Leaving Certificate Examination, 1925
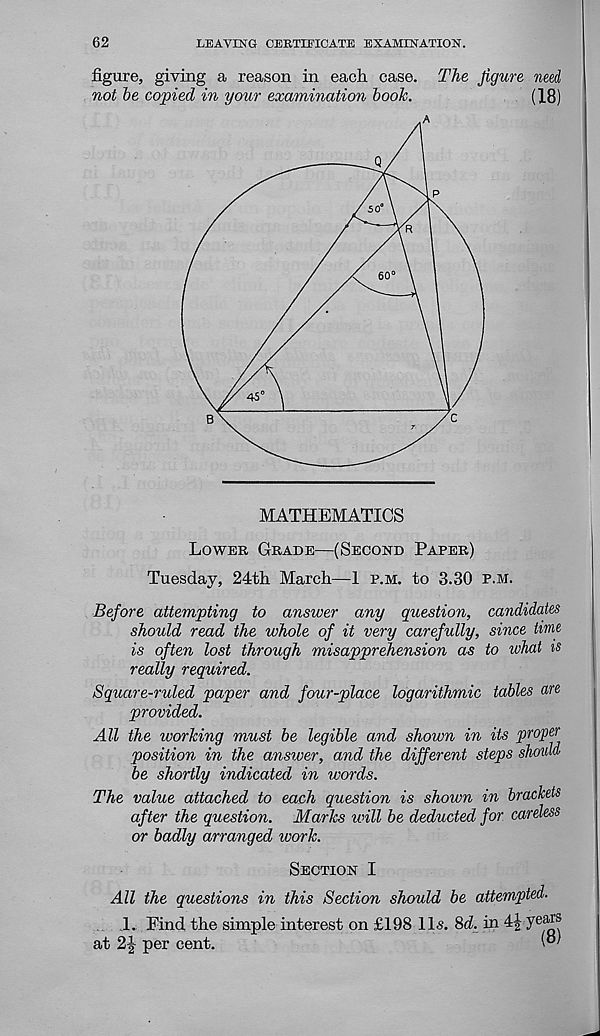
62
LEAVING CEBTIEICATE EXAMINATION.
figure, giving a reason in each case. The figure need
not be copied in your examination book.
(18)
MATHEMATICS
Lower Grade—(Second Paper)
Tuesday, 24th March—1 p.m. to 3.30 p.m.
Before attempting to answer any question, candidates
should read the whole of it very carefully, since time
is often lost through misapprehension as to what is
really required.
Square-ruled paper and four-place logarithmic tables are
provided.
All the ivorking must be legible and shown in its proper
position in the ansiver, and the different steps should
be shortly indicated in words.
The value attached to each question is shown in brackets
after the question. Marks tvill be deducted for careless
or badly arranged work.
Section I
All the questions in this Section should be attempted.
1. Find the simple interest on £198 11s. 8d. in
J 6 ®?®
at 2J per cent.